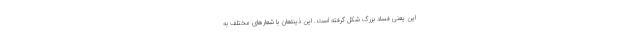
این یعنی فساد بزرگ شکل گرفته است. این ذینفعان با شعارهای مختلف به